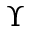
\Upsilon